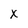
Character: x